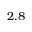
2 . 8